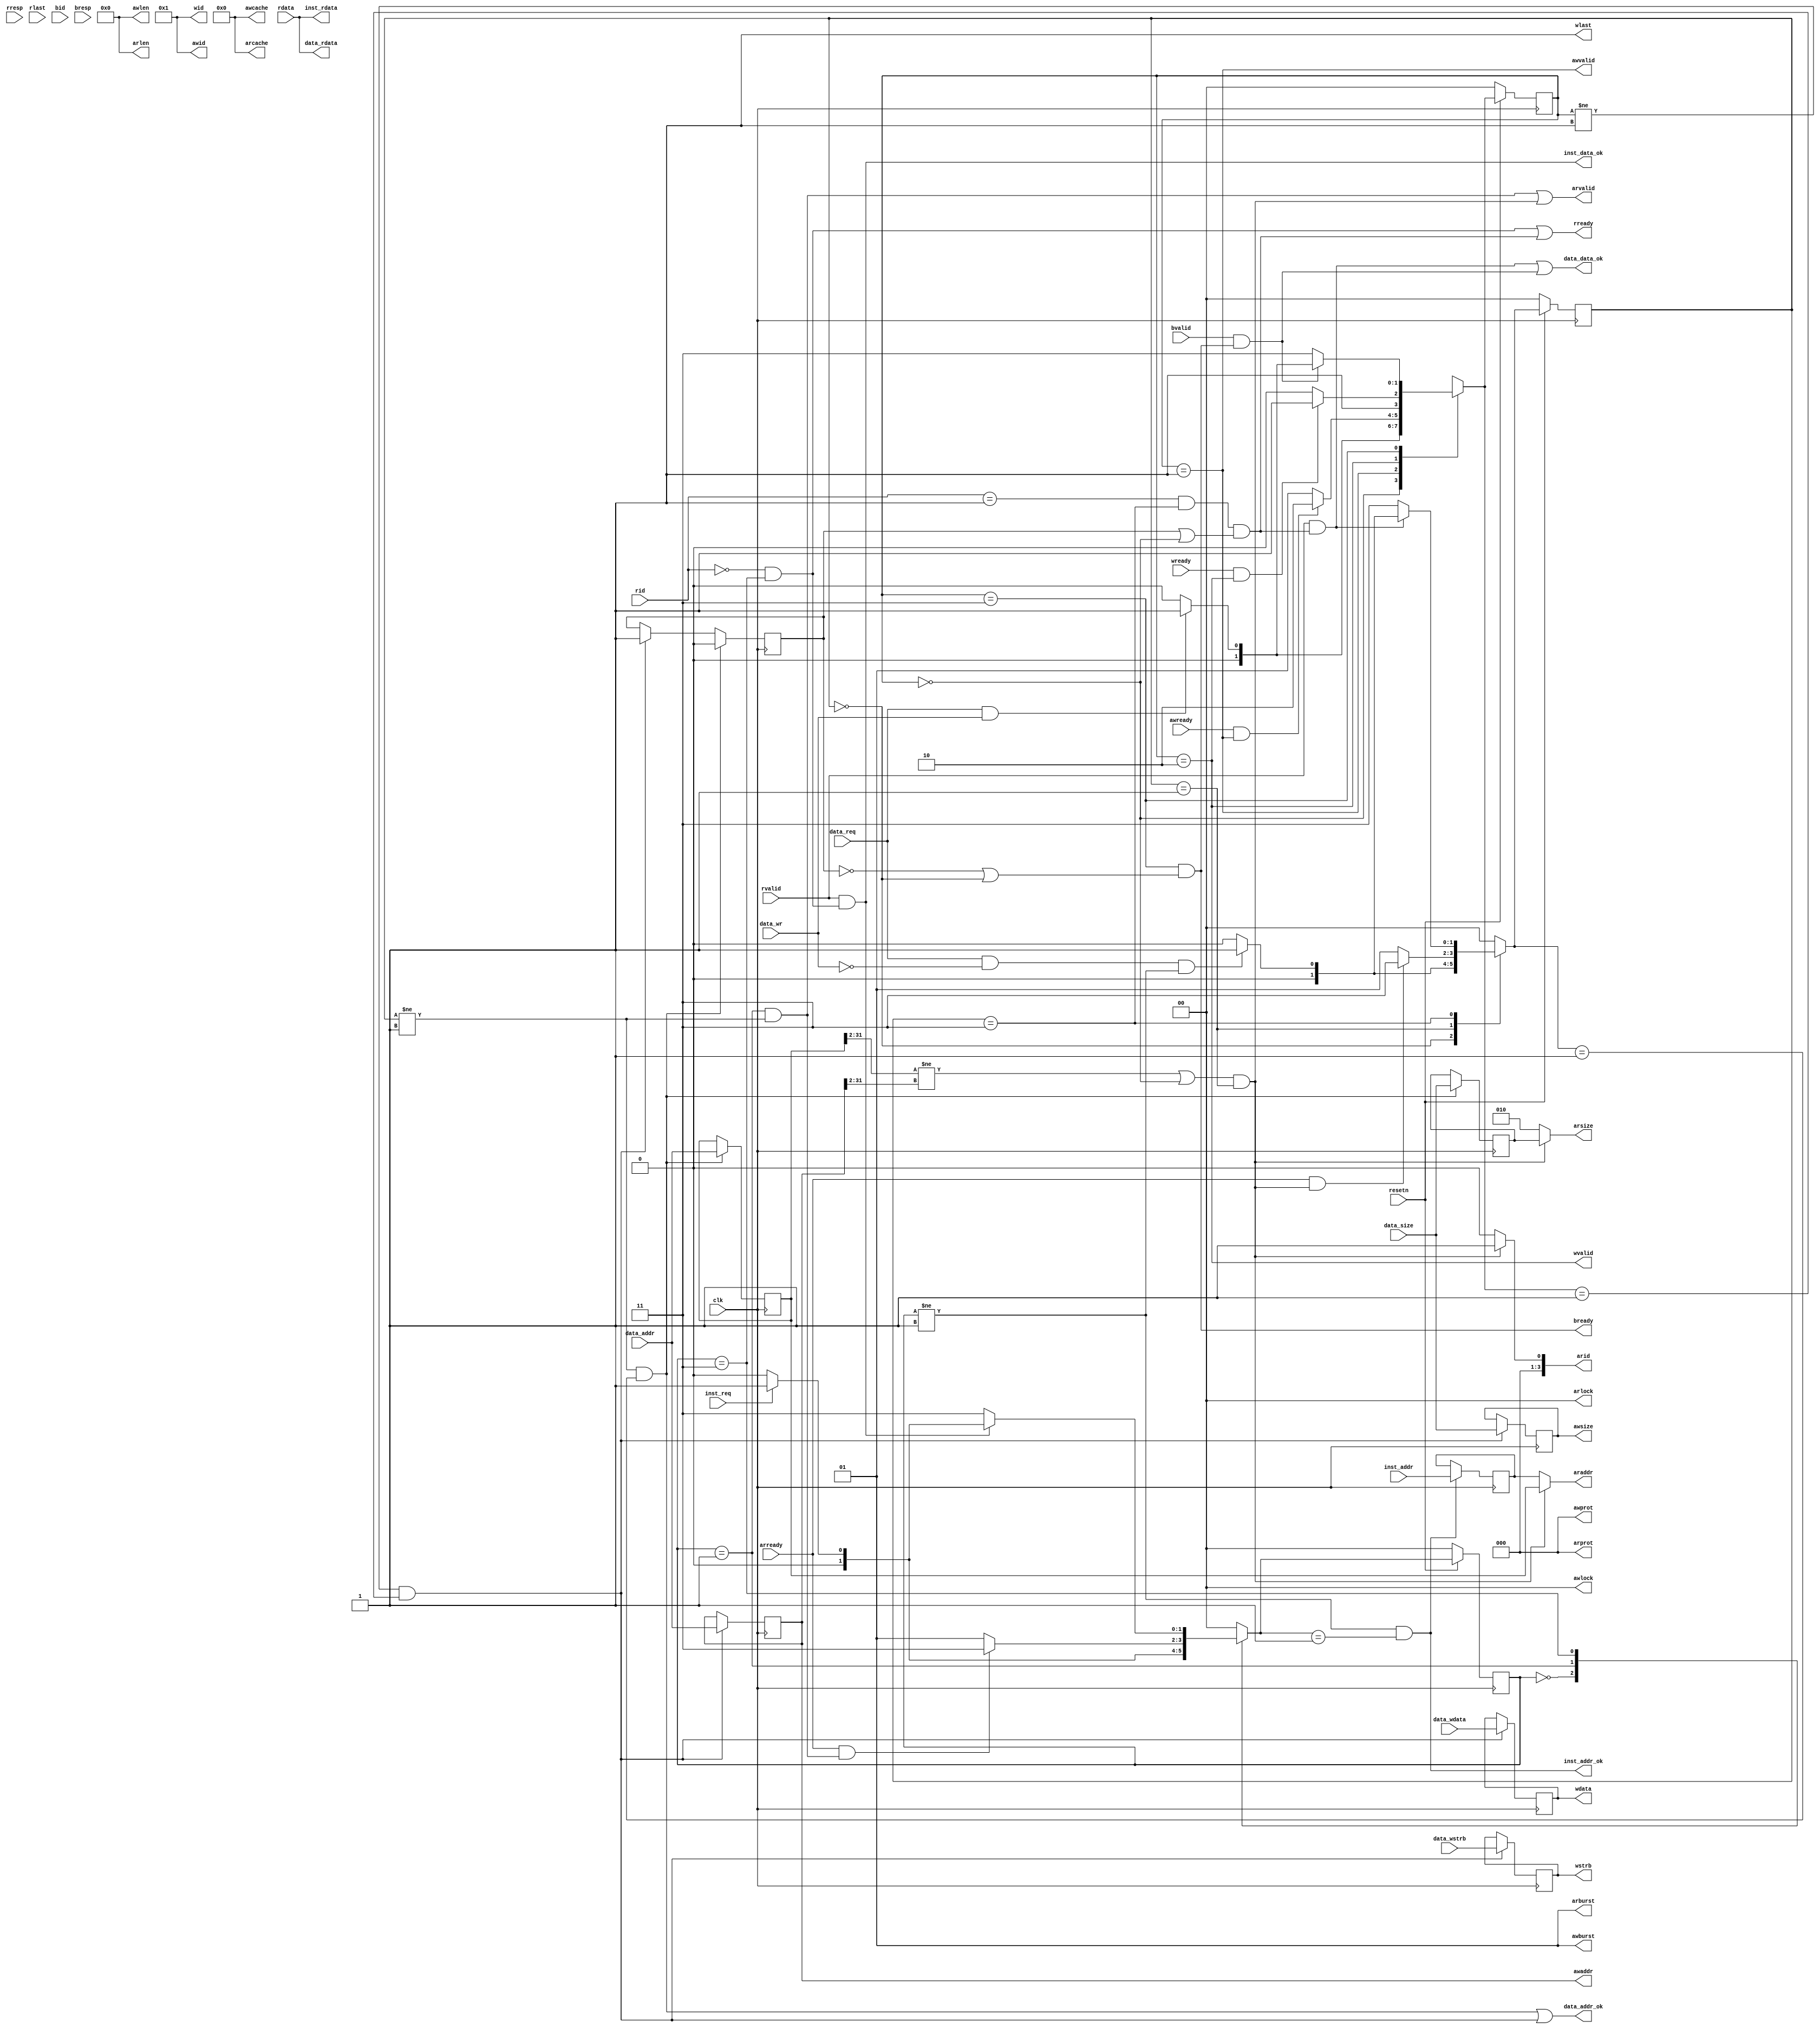
`timescale 1ns / 1ps
//////////////////////////////////////////////////////////////////////////////////
// Company: 
// Engineer: 
// 
// Design Name: 
// Module Name: 
// Project Name: 
// Target Devices: 
// Tool Versions: 
// Description: 
// 
// Dependencies: 
// 
// Revision:
// Revision 001 - File Created
// Additional Comments:
// 
//////////////////////////////////////////////////////////////////////////////////

module cpu_axi_interface(
    input clk,
    input resetn,
    
    //inst sram-like 
    input inst_req,
    input [31:0] inst_addr,
    output [31:0] inst_rdata,
    output inst_addr_ok,
    output inst_data_ok,
    
    //data sram-like 
    input data_req,
    input data_wr,
    input [3:0] data_wstrb,
    input [31:0] data_addr,
    input [2:0] data_size,
    input [31:0] data_wdata,
    output [31:0] data_rdata,
    output data_addr_ok,
    output data_data_ok,
    
    //axi
    //ar
    output [3:0] arid,
    output [31:0] araddr,
    output [7:0] arlen,
    output [2:0] arsize,
    output [1:0] arburst,
    output [1:0] arlock,
    output [3:0] arcache,
    output [2:0] arprot,
    output arvalid,
    input arready,
    //r              
    input [3:0] rid,
    input [31:0] rdata,
    input [1:0] rresp,
    input rlast,
    input rvalid,
    output rready,
    //aw           
    output [3:0] awid,
    output [31:0] awaddr,
    output [7:0] awlen,
    output [2:0] awsize,
    output [1:0] awburst,
    output [1:0] awlock,
    output [3:0] awcache,
    output [2:0] awprot,
    output awvalid,
    input awready,
    //w          
    output [3:0] wid,
    output [31:0] wdata,
    output [3:0] wstrb,
    output wlast,
    output wvalid,
    input wready,
    //b              
    input [3:0] bid,
    input [1:0] bresp,
    input bvalid,
    output bready
);

    // buffered requests
    localparam STAT_IDLE    = 2'd0; // idle
    localparam STAT_REQ     = 2'd1; // requesting axi
    localparam STAT_WD      = 2'd2; // transferring write data
    localparam STAT_WAIT    = 2'd3; // waiting for data from axi
    reg [1:0] buf_inst_rstat, buf_data_rstat, buf_data_wstat;
    reg [3:0] buf_data_wstrb;
    reg [2:0] buf_data_rsize, buf_data_wsize;
    reg [31:0] buf_inst_raddr, buf_data_raddr, buf_data_waddr;
    reg [31:0] buf_data_wdata;
    reg buf_data_rfirst; // indicates if read request is accepted first for data interface (valid only if buf_data_rstat != STAT_IDLE && buf_data_wstat != STAT_IDLE)

    reg [1:0] buf_inst_rstat_next, buf_data_rstat_next, buf_data_wstat_next;
    wire buf_inst_rreq, buf_data_rreq, buf_data_wreq;
    wire buf_inst_rreqok, buf_data_rreqok, buf_data_wreqok;
    wire buf_data_wdataok;
    wire buf_inst_rok, buf_data_rok, buf_data_wok;

    // FSM
    always @(posedge clk) begin
        if (!resetn) begin
            buf_inst_rstat <= STAT_IDLE;
            buf_data_rstat <= STAT_IDLE;
            buf_data_wstat <= STAT_IDLE;
        end
        else begin
            buf_inst_rstat <= buf_inst_rstat_next;
            buf_data_rstat <= buf_data_rstat_next;
            buf_data_wstat <= buf_data_wstat_next;
        end
    end

    always @(*) begin
        case (buf_inst_rstat)
            STAT_IDLE:  buf_inst_rstat_next = buf_inst_rreq ? STAT_REQ : STAT_IDLE;
            STAT_REQ:   buf_inst_rstat_next = buf_inst_rreqok ? STAT_WAIT : STAT_REQ;
            STAT_WAIT:  buf_inst_rstat_next = buf_inst_rok ? (buf_inst_rreq ? STAT_REQ : STAT_IDLE) : STAT_WAIT;
            default:    buf_inst_rstat_next = STAT_IDLE;
        endcase
        case (buf_data_rstat)
            STAT_IDLE:  buf_data_rstat_next = buf_data_rreq ? STAT_REQ : STAT_IDLE;
            STAT_REQ:   buf_data_rstat_next = buf_data_rreqok ? STAT_WAIT : STAT_REQ;
            STAT_WAIT:  buf_data_rstat_next = buf_data_rok ? (buf_data_rreq ? STAT_REQ : STAT_IDLE) : STAT_WAIT;
            default:    buf_data_rstat_next = STAT_IDLE;
        endcase
        case (buf_data_wstat)
            STAT_IDLE:  buf_data_wstat_next = buf_data_wreq ? STAT_REQ : STAT_IDLE;
            STAT_REQ:   buf_data_wstat_next = buf_data_wreqok ? STAT_WD : STAT_REQ;
            STAT_WD:    buf_data_wstat_next = buf_data_wdataok ? STAT_WAIT : STAT_WD;
            STAT_WAIT:  buf_data_wstat_next = buf_data_wok ? (buf_data_wreq ? STAT_REQ : STAT_IDLE) : STAT_WAIT;
            default:    buf_data_wstat_next = STAT_IDLE;
        endcase
    end

    // 1.buffering requests
    wire flag_inst_rbufok = buf_inst_rstat != STAT_REQ && buf_inst_rstat_next == STAT_REQ;
    wire flag_data_rbufok = buf_data_rstat != STAT_REQ && buf_data_rstat_next == STAT_REQ;
    wire flag_data_wbufok = buf_data_wstat != STAT_REQ && buf_data_wstat_next == STAT_REQ;
    assign buf_inst_rreq = inst_req;
    assign buf_data_rreq = data_req && !data_wr && buf_inst_rstat != STAT_REQ; // data request cannot be sent if inst is requesting
    assign buf_data_wreq = data_req && data_wr;
    always @(posedge clk) begin
        if (flag_inst_rbufok) begin
            buf_inst_raddr <= inst_addr;
        end
        if (flag_data_rbufok) begin
            buf_data_raddr <= data_addr;
            buf_data_rsize <= data_size;
        end
        if (flag_data_wbufok) begin
            buf_data_wstrb <= data_wstrb;
            buf_data_waddr <= data_addr;
            buf_data_wsize <= data_size;
            buf_data_wdata <= data_wdata;
        end
    end
    always @(posedge clk) begin
        if (flag_data_rbufok) buf_data_rfirst <= 1'b0;
        else if (flag_data_wbufok) buf_data_rfirst <= 1'b1;
    end
    assign inst_addr_ok = flag_inst_rbufok;
    assign data_addr_ok = flag_data_rbufok || flag_data_wbufok;

    // 2. requesting AXI
    wire flag_inst_rreqvalid = buf_inst_rstat == STAT_REQ && buf_data_rstat != STAT_REQ; // data read is prior to inst read
    wire flag_data_rreqvalid = (buf_data_raddr[31:2] != buf_data_waddr[31:2] || buf_data_wstat == STAT_IDLE) && buf_data_rstat == STAT_REQ; // data write must be completed before read from the same word
    wire flag_data_wreqvalid = buf_data_wstat == STAT_REQ;
    assign arid     = flag_data_rreqvalid ? 4'd1 : 4'd0;
    assign araddr   = flag_data_rreqvalid ? buf_data_raddr : buf_inst_raddr;
    assign arlen    = 8'd0;
    assign arsize   = flag_data_rreqvalid ? buf_data_rsize : 3'd2;
    assign arburst  = 2'd1;
    assign arlock   = 2'd0;
    assign arcache  = 4'd0;
    assign arprot   = 3'd0;
    assign arvalid  = flag_inst_rreqvalid || flag_data_rreqvalid;
    assign awid     = 4'd1;
    assign awaddr   = buf_data_waddr;
    assign awlen    = 8'd0;
    assign awsize   = buf_data_wsize;
    assign awburst  = 2'd1;
    assign awlock   = 2'd0;
    assign awcache  = 4'd0;
    assign awprot   = 3'd0;
    assign awvalid  = flag_data_wreqvalid;
    assign buf_inst_rreqok = arready && flag_inst_rreqvalid;
    assign buf_data_rreqok = arready && flag_data_rreqvalid;
    assign buf_data_wreqok = awready && flag_data_wreqvalid;

    // 3. transfering write data
    assign wid      = 4'd1;
    assign wdata    = buf_data_wdata;
    assign wstrb    = buf_data_wstrb;
    assign wlast    = 1'b1;
    assign wvalid   = buf_data_wstat == STAT_WD;
    assign buf_data_wdataok = wready && (buf_data_wstat == STAT_WD);

    // 4. receiving data from AXI
    wire flag_inst_rready = rid == 4'd0 && buf_inst_rstat == STAT_WAIT;
    wire flag_data_rready = rid == 4'd1 && buf_data_rstat == STAT_WAIT && (buf_data_rfirst || buf_data_wstat == STAT_IDLE); // read & write must be completed in order
    wire flag_data_wready = buf_data_wstat == STAT_WAIT && (!buf_data_rfirst || buf_data_rstat == STAT_IDLE); // read & write must be completed in order
    assign rready   = flag_inst_rready || flag_data_rready;
    assign bready   = flag_data_wready;
    assign inst_rdata = rdata;
    assign data_rdata = rdata;
    assign buf_inst_rok = rvalid && flag_inst_rready;
    assign buf_data_rok = rvalid && flag_data_rready;
    assign buf_data_wok = bvalid && flag_data_wready;
    assign inst_data_ok = buf_inst_rok;
    assign data_data_ok = buf_data_rok || buf_data_wok;

endmodule